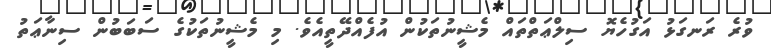
ވުރެ ރަނގަޅު އަގުހެޔޮ ސިލްޢަތްތައް މެޝީނުތަކުން އުފެއްދޭތީއެވެ. މި މެޝީނުތަކުގެ ސަބަބުން ސިނާޢަތު